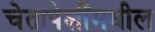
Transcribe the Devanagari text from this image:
चेतापेशींमधील